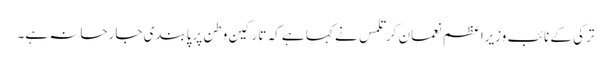
ترکی کے نائب وزیراعظم نعمان کرتلمس نے کہا ہے کہ تارکین وطن پرپابندی جارحانہ ہے۔